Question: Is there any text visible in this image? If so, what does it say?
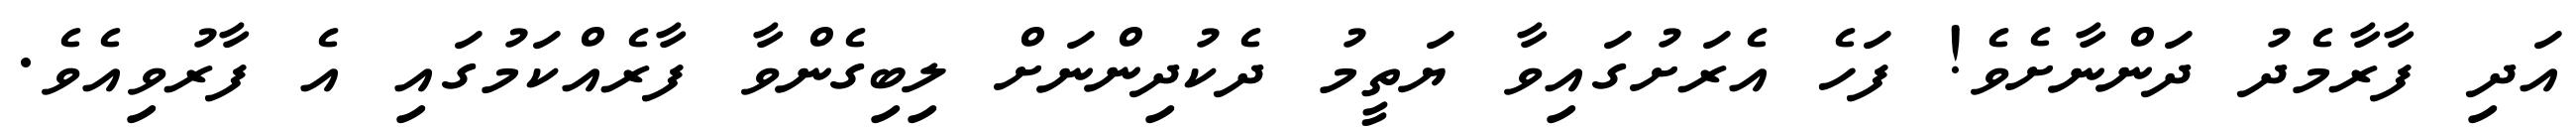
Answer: އަދި ފާރާމެދު ދަންނާށެވެ! ފަހެ އެރަށުގައިވާ ޔަތީމު ދެކުދިންނަށް ލިބިގެންވާ ފާރެއްކަމުގައި އެ ފާރުވިއެވެ.